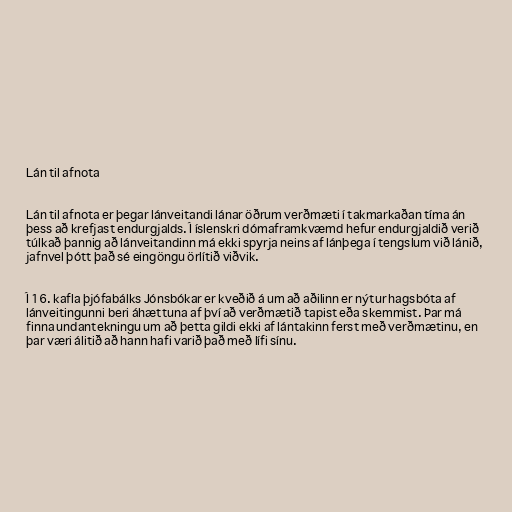
Lán til afnota

Lán til afnota er þegar lánveitandi lánar öðrum verðmæti í takmarkaðan tíma án
þess að krefjast endurgjalds. Í íslenskri dómaframkvæmd hefur endurgjaldið verið
túlkað þannig að lánveitandinn má ekki spyrja neins af lánþega í tengslum við lánið,
jafnvel þótt það sé eingöngu örlítið viðvik.

Í 16. kafla þjófabálks Jónsbókar er kveðið á um að aðilinn er nýtur hagsbóta af
lánveitingunni beri áhættuna af því að verðmætið tapist eða skemmist. Þar má
finna undantekningu um að þetta gildi ekki af lántakinn ferst með verðmætinu, en
þar væri álitið að hann hafi varið það með lífi sínu.